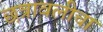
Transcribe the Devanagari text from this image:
छत्रावलीचा